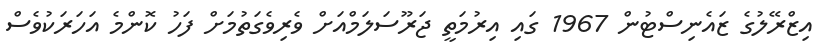
އިޒްރޭލުގެ ޒައެނިސްޓުން 1967 ގައި އިރުމަތީ ޖަރޫސަލަމްއަށް ވެރިވެގަތުމަށް ފަހު ކޮންމެ އަހަރަކުވެސް